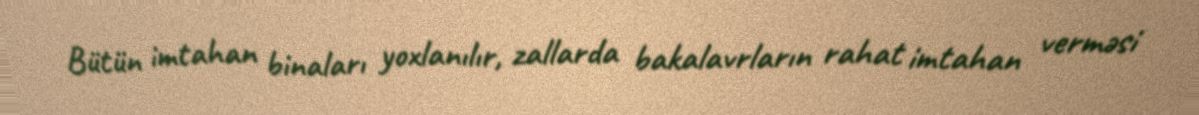
Bütün imtahan binaları yoxlanılır, zallarda bakalavrların rahat imtahan verməsi